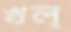
খল্